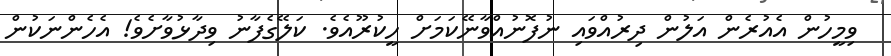
ވިމީހުން އެއުރެން އަލުން ދިރުއްވައި ނުފޮނުއްވާނޭކަމަށް ހީކުރޫއެވެ. ކަލޭގެފާނު ވިދާޅުވާށެވެ! އެހެންނަކުން